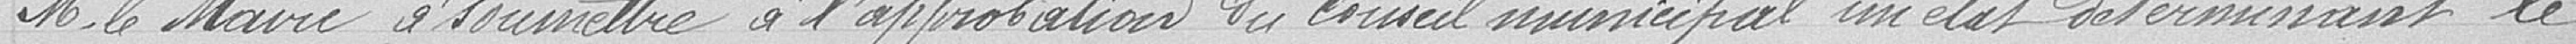
M. le Maire à soumettre à l'approbation du conseil municipal un état déterminant le